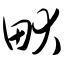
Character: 畎